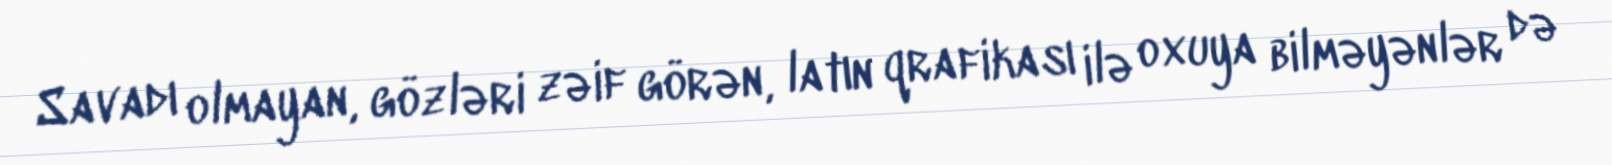
Savadı olmayan, gözləri zəif görən, latın qrafikası ilə oxuya bilməyənlər də